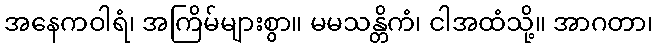
အနေကဝါရံ၊ အကြိမ်များစွာ။ မမသန္တိကံ၊ ငါအထံသို့။ အာဂတာ၊